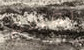
نقسم